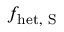
f _ { \mathrm { h e t , ~ S } }